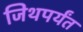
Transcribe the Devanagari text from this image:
जिथपर्यंत